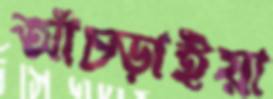
আঁচ্‌ড়াইয়া